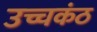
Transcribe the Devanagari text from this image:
उच्चकंठ